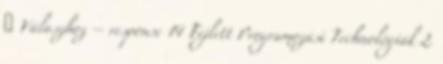
 Válaszhoz – response 14 Fejlett Programozási Technológiák 2.